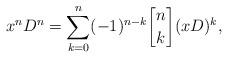
LaTeX: \begin{align*} x^{n}D^{n}=\sum_{k=0}^n (-1)^{n-k} {{n}\brack {k}} (xD)^k,\end{align*}